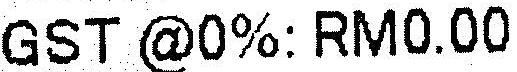
GST @0%: RM0.00